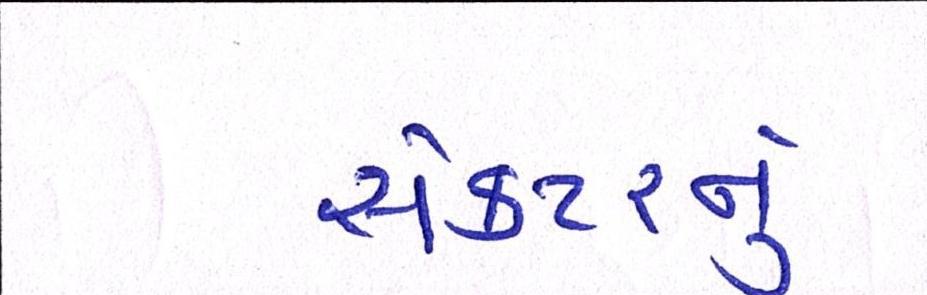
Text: સેક્ટરનું